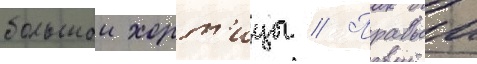
большои хорт'ицы // Правыи